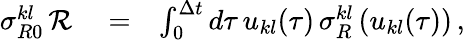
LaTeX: \begin{array}{rlr}{\sigma_{R0}^{kl}\, {\cal R}}&{{}=}&{\int_{0}^{\Delta t}d\tau\, u_{kl}(\tau)\, \sigma_{R}^{kl}\left(u_{kl}(\tau)\right)\, ,}\end{array}